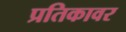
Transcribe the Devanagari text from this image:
प्रतिकावर